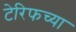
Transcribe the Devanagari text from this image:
टेरिफच्या